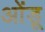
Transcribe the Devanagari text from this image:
ओंडू